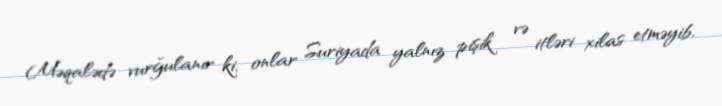
Məqalədə vurğulanır ki, onlar Suriyada yalnız pişik və itləri xilas etməyib,